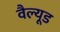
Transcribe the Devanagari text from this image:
वैल्यूड